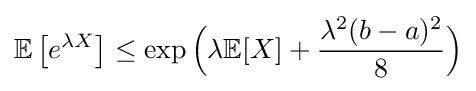
\mathbb {E} \left[e^{\lambda X}\right]\leq \exp {\Big (}\lambda \mathbb {E} [X]+{\frac {\lambda ^{2}(b-a)^{2}}{8}}{\Big )}